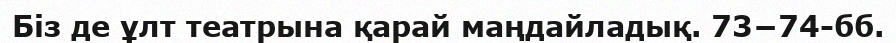
Біз де ұлт театрына қарай маңдайладық. 73−74-бб.